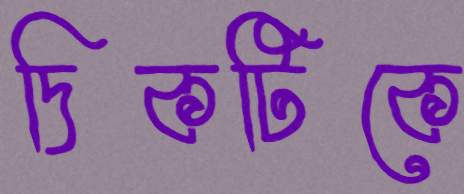
দিকটিকে